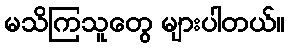
မသိကြသူတွေ များပါတယ်။